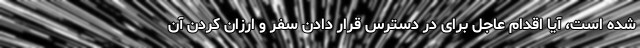
شده است، آیا اقدام عاجل برای در دسترس قرار دادن سفر و ارزان کردن آن